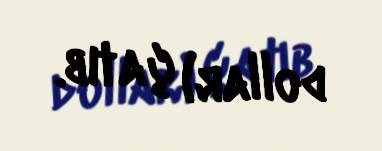
dollar) çatıb.